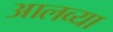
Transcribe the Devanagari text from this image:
आलव्या